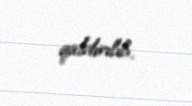
qaldırılıb.